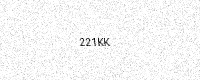
Text: 221KK